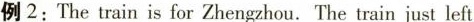
例2: The train is for Zhengzhou. The train just left